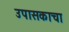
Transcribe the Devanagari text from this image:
उपासकाचा